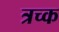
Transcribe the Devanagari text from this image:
त्रच्क